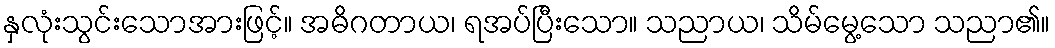
နှလုံးသွင်းသောအားဖြင့်။ အဓိဂတာယ၊ ရအပ်ပြီးသော။ သညာယ၊ သိမ်မွေ့သော သညာ၏။